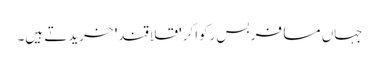
جہاں مسافر بس رکواکر 'قلاقند' خریدتے ہیں۔